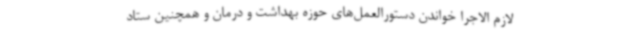
لازم الاجرا خواندن دستورالعمل‌های حوزه بهداشت و درمان و همچنین ستاد